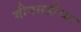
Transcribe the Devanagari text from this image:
भीमथडीच्या